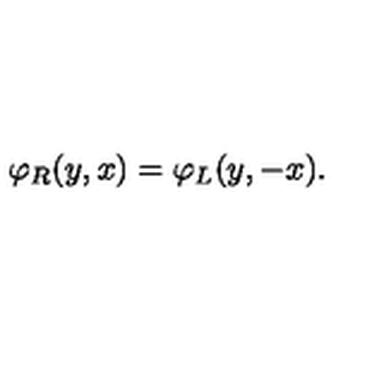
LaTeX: \varphi _ { R } ( y , x ) = \varphi _ { L } ( y , - x ) .